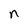
Character: n